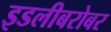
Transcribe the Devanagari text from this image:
इडलीबरोबर